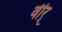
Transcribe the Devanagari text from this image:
वीर्